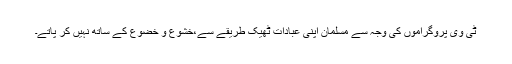
ٹی وی پروگراموں کی وجہ سے مسلمان اپنی عبادات ٹھیک طریقے سے،خشوع و خضوع کے ساتھ نہیں کر پاتے۔